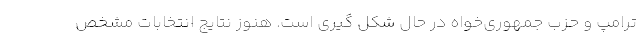
ترامپ و حزب جمهوری‌خواه در حال شکل گیری است. هنوز نتایج انتخابات مشخص